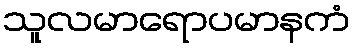
သူလမာရောပမာနကံ